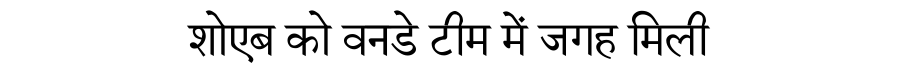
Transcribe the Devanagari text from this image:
शोएब को वनडे टीम में जगह मिली